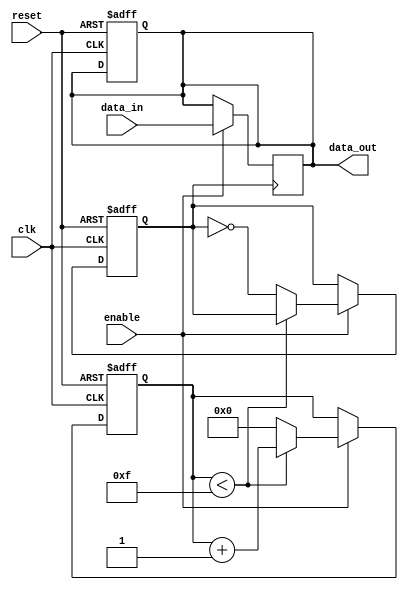
module transmission_gate_delay (
    input wire clk,
    input wire reset,
    input wire enable,
    input wire data_in,
    output reg data_out
);

reg gated_clk;
reg [3:0] delay_count;

always @ (posedge clk or posedge reset) begin
    if (reset) begin
        gated_clk <= 1'b0;
        delay_count <= 4'b0000;
        data_out <= 1'b0;
    end else begin
        if (enable) begin
            if (delay_count < 4'b1111) begin
                delay_count <= delay_count + 1;
            end else begin
                delay_count <= 4'b0000;
                gated_clk <= ~gated_clk;
            end
        end
    end
end

always @ (posedge gated_clk) begin
    if (enable) begin
        data_out <= data_in;
    end
end

endmodule